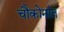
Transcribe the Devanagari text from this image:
चौकोनांत